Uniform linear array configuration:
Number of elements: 24
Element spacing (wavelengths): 0.5
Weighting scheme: binomial
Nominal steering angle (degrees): -60
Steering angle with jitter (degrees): -61.304
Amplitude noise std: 0.05
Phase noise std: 0.05

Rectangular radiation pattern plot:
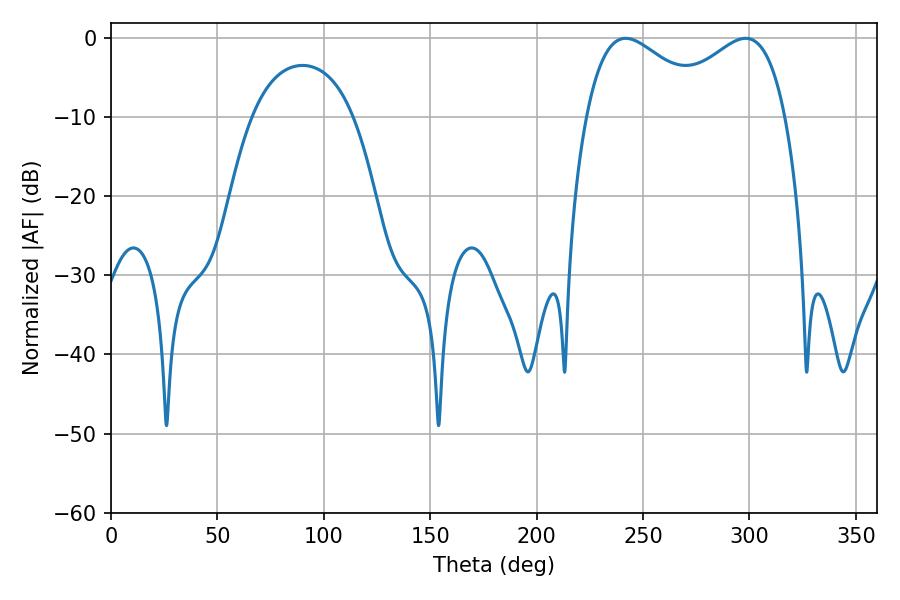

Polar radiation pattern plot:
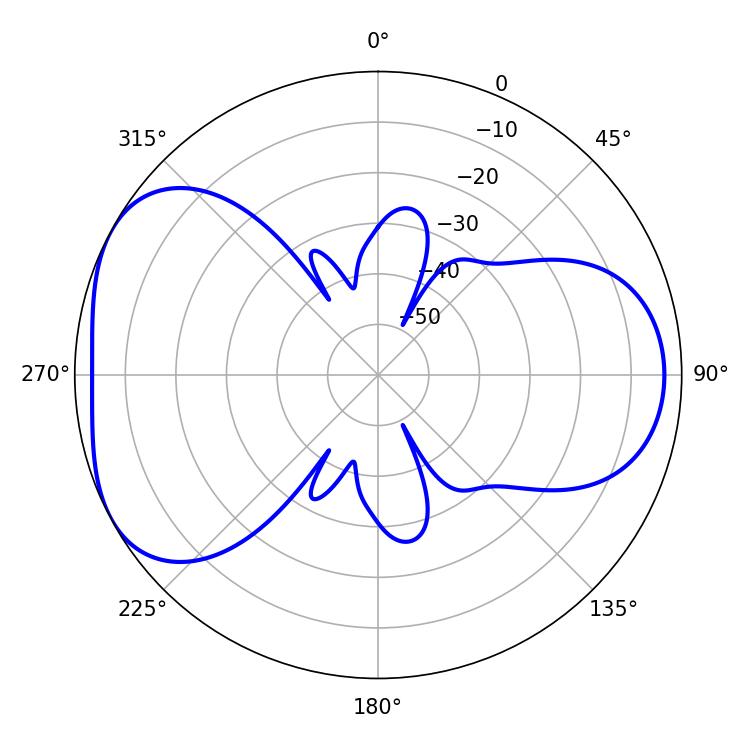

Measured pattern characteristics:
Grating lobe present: FALSE
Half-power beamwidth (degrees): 32.22
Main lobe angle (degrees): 241.74